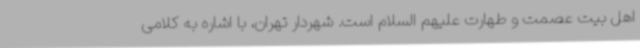
اهل بیت عصمت و طهارت علیهم السلام است. شهردار تهران، با اشاره به کلامی